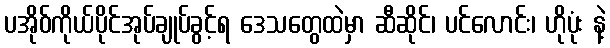
ပအိုဝ်ကိုယ်ပိုင်အုပ်ချုပ်ခွင့်ရ ဒေသတွေထဲမှာ ဆီဆိုင်၊ ပင်လောင်း၊ ဟိုပုံး နဲ့